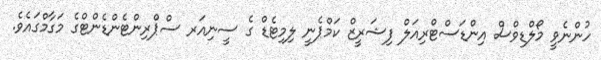
ހުންނެވީ މޯލްޑިވްސް އިންޑަސްޓްރިއަލް ފިޝަރީޒް ކަމްޕެނީ ލިމިޓެޑް ގެ ސީނިއަރ ސްޕްރިންޓެންޑެންޓްގެ މަގާމްގައެވެ.